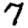
Digit: 7